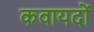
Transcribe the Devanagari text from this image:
कवायदों